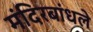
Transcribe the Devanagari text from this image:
मंदिरबांधले